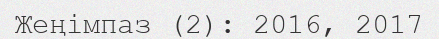
Жеңімпаз (2): 2016, 2017